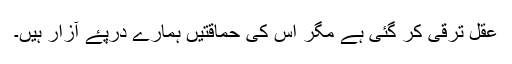
عقل ترقی کر گئی ہے مگر اس کی حماقتیں ہمارے درپۓ آزار ہیں۔